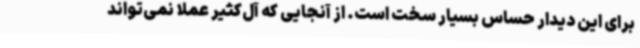
برای این دیدار حساس بسیار سخت است. از آنجایی که آل‌کثیر عملا نمی‌تواند